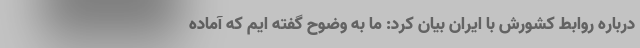
درباره روابط کشورش با ایران بیان کرد: ما به وضوح گفته ایم که آماده